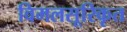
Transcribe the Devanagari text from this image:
विमलसूरिकृत